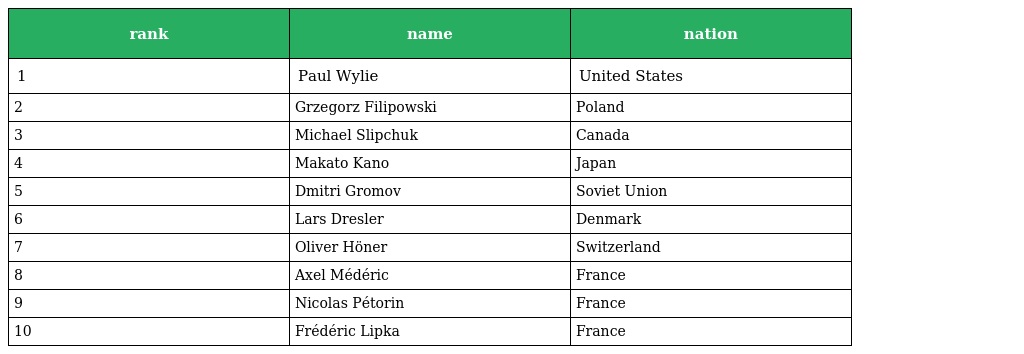
| rank | name | nation |
 | --- | --- | --- |
 | 1 | Paul Wylie | United States |
 | 2 | Grzegorz Filipowski | Poland |
 | 3 | Michael Slipchuk | Canada |
 | 4 | Makato Kano | Japan |
 | 5 | Dmitri Gromov | Soviet Union |
 | 6 | Lars Dresler | Denmark |
 | 7 | Oliver Höner | Switzerland |
 | 8 | Axel Médéric | France |
 | 9 | Nicolas Pétorin | France |
 | 10 | Frédéric Lipka | France |